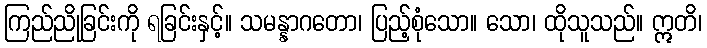
ကြည်ညိုခြင်းကို ရခြင်းနှင့်။ သမန္နာဂတော၊ ပြည့်စုံသော။ သော၊ ထိုသူသည်။ ဣတိ၊